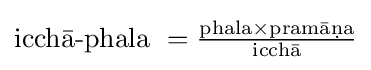
{\text{icchā-phala }}={\tfrac {{\text{phala}}\times {\text{pramāṇa}}}{\text{icchā}}}